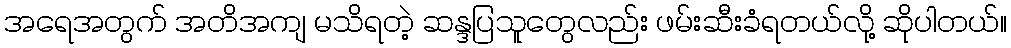
အရေအတွက် အတိအကျ မသိရတဲ့ ဆန္ဒပြသူတွေလည်း ဖမ်းဆီးခံရတယ်လို့ ဆိုပါတယ်။